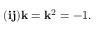
( \mathbf { i j } ) \mathbf { k } = \mathbf { k } ^ { 2 } = - 1 .